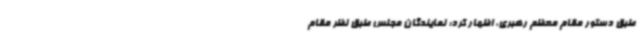
طبق دستور مقام معظم رهبری، اظهار کرد: نمایندگان مجلس طبق نظر مقام